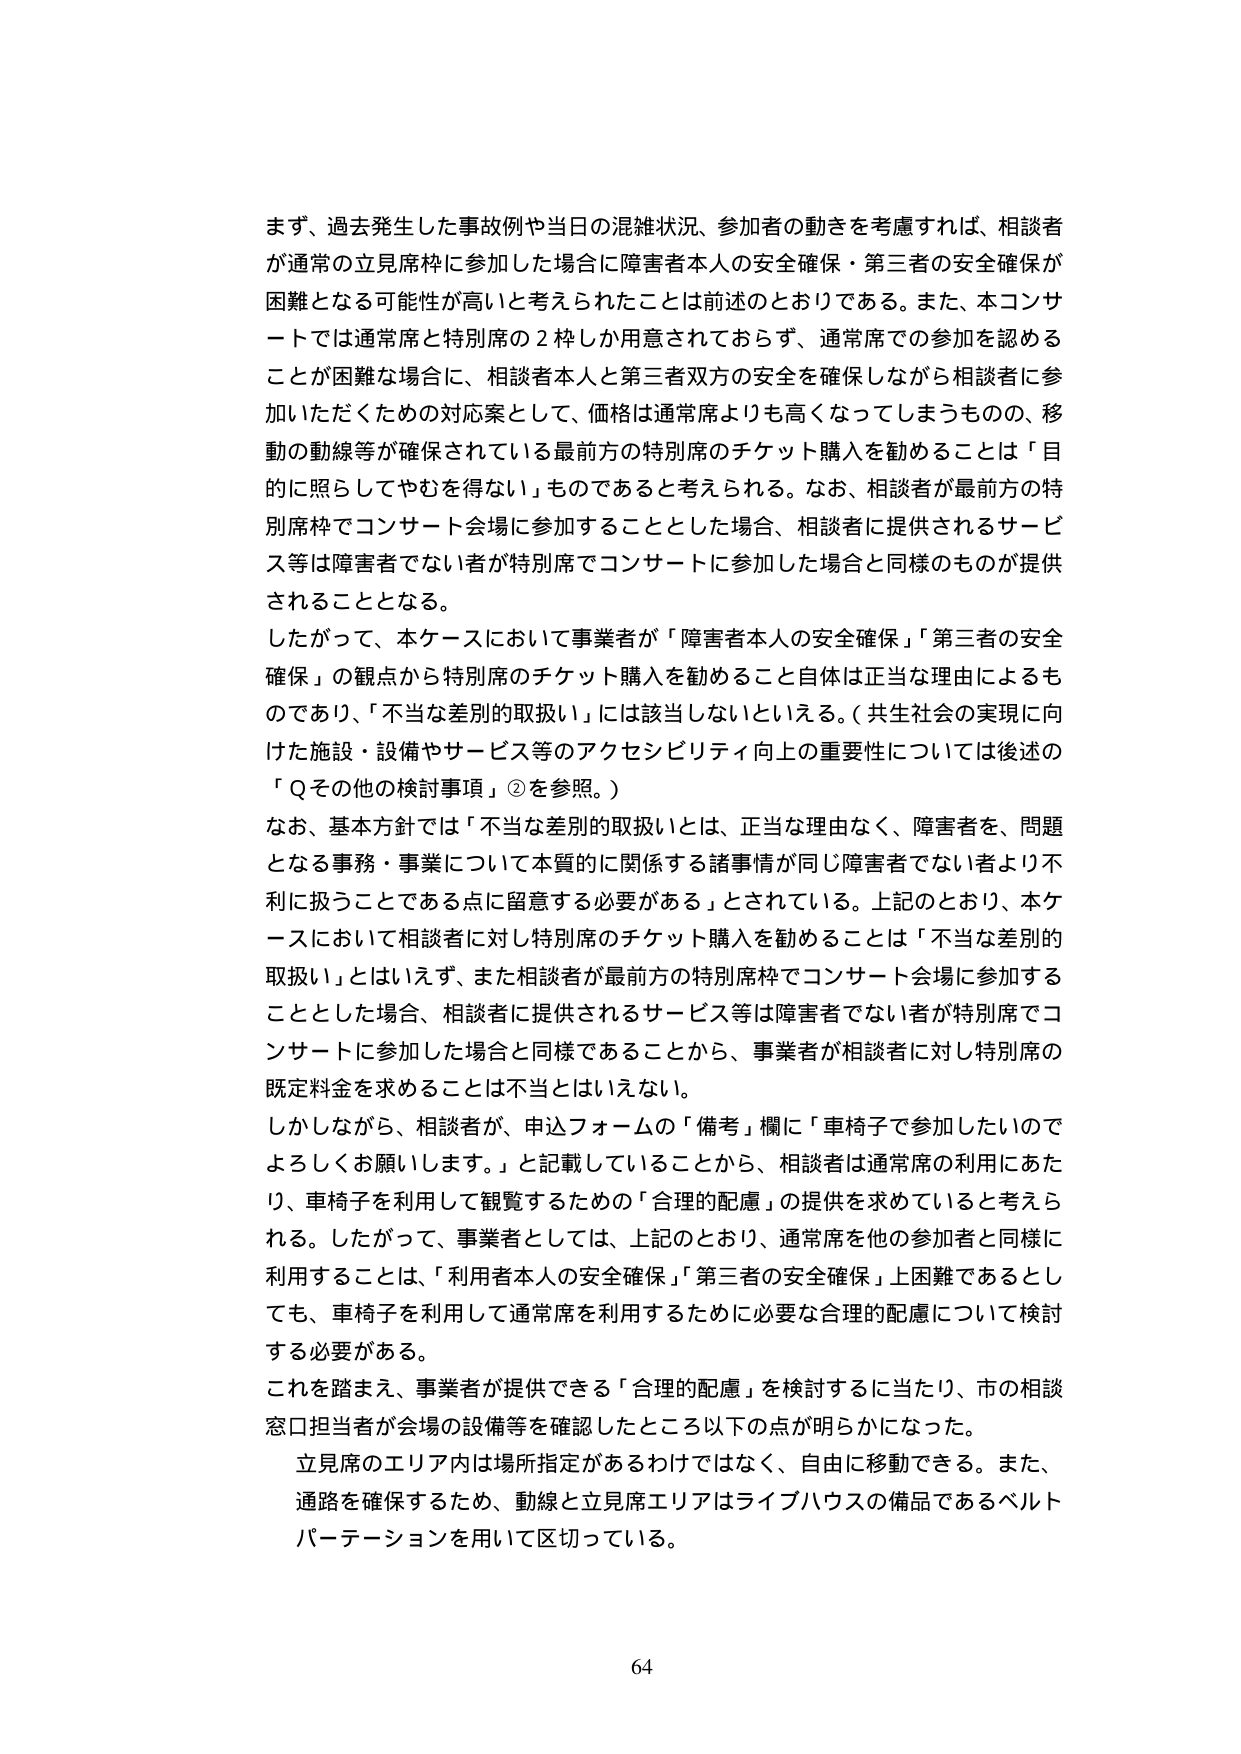
まず、過去発生した事故例や当日の混雑状況、参加者の動きを考慮すれば、相談者が通常の立見席枠に参加した場合に障害者本人の安全確保・第三者の安全確保が困難となる可能性が高いと考えられたことは前述のとおりである。また、本コンサートでは通常席と特別席の２枠しか用意されておらず、通常席での参加を認めることが困難な場合に、相談者本人と第三者双方の安全を確保しながら相談者に参加いただくための対応案として、価格は通常席よりも高くなってしまうものの、移動の動線等が確保されている最前方の特別席のチケット購入を勧めることは「目的に照らしてやむを得ない」ものであると考えられる。なお、相談者が最前方の特別席枠でコンサート会場に参加することとした場合、相談者に提供されるサービス等は障害者でない者が特別席でコンサートに参加した場合と同様のものが提供されることとなる。

したがって、本ケースにおいて事業者が「障害者本人の安全確保」「第三者の安全確保」の観点から特別席のチケット購入を勧めること自体は正当な理由によるものであり、「不当な差別的取扱い」には該当しないといえる。（共生社会の実現に向けた施設・設備やサービス等のアクセシビリティ向上の重要性については後述の「Ｑその他の検討事項」②を参照。）

なお、基本方針では「不当な差別的取扱いとは、正当な理由なく、障害者を、問題となる事務・事業について本質的に関係する諸事情が同じ障害者でない者より不利に扱うことである点に留意する必要がある」とされている。上記のとおり、本ケースにおいて相談者に対し特別席のチケット購入を勧めることは「不当な差別的取扱い」とはいえず、また相談者が最前方の特別席枠でコンサート会場に参加することとした場合、相談者に提供されるサービス等は障害者でない者が特別席でコンサートに参加した場合と同様であることから、事業者が相談者に対し特別席の既定料金を求めるることは不当とはいえない。

しかしながら、相談者が、申込フォームの「備考」欄に「車椅子で参加したいのでよろしくお願いします。」と記載していることから、相談者は通常席の利用にあたり、車椅子を利用して観覧するための「合理的配慮」の提供を求めていると考えられる。したがって、事業者としては、上記のとおり、通常席を他の参加者と同様に利用することは、「利用者本人の安全確保」「第三者の安全確保」上困難であるとしても、車椅子を利用して通常席を利用するために必要な合理的配慮について検討する必要がある。

これを踏まえ、事業者が提供できる「合理的配慮」を検討するに当たり、市の相談窓口担当者が会場の設備等を確認したところ以下の点が明らかになった。

立見席のエリア内は場所指定があるわけではなく、自由に移動できる。また、通路を確保するため、動線と立見席エリアはライブハウスの備品であるベルトパーテーションを用いて区切っている。

64